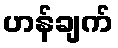
ဟန်ချက်